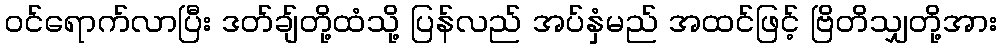
ဝင်ရောက်လာပြီး ဒတ်ချ်တို့ထံသို့ ပြန်လည် အပ်နှံမည် အထင်ဖြင့် ဗြိတိသျှတို့အား